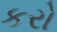
કરો